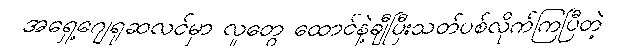
အရှေ့ဂျေရုဆလင်မှာ လူတွေ ထောင်နဲ့ချီပြီးသတ်ပစ်လိုက်ကြပြီတဲ့